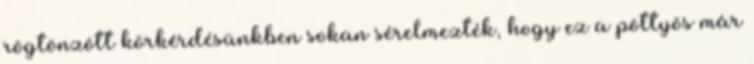
rögtönzött körkérdésünkben sokan sérelmezték, hogy ez a pöttyös már